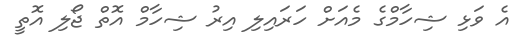
އެ ވަޅި ޝިހާމްގެ މެއަށް ހަރައިލި އިރު ޝިހާމް އޮތް ޖޯލި އޮތީ